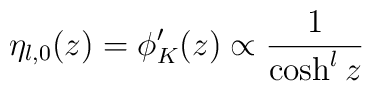
\eta _{l,0}(z)=\phi '_{K}(z)\propto \frac{1}{\cosh ^{l}z}